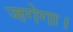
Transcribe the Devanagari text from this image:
जगेगा।